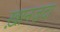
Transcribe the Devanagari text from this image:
ख़ानज़दा